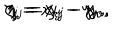
\zeta _ { j } = x _ { j } - x _ { r } , \hspace { 0 . 4 c m } \eta _ { j } = y _ { j } - y _ { v } , \hspace { 0 . 4 c m } \eta = x _ { r } - y _ { v } ,